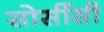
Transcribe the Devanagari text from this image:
सोर्सीसी